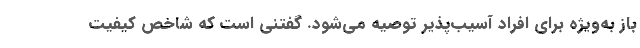
باز به‌ویژه برای افراد آسیب‌پذیر توصیه می‌شود. گفتنی است که شاخص کیفیت